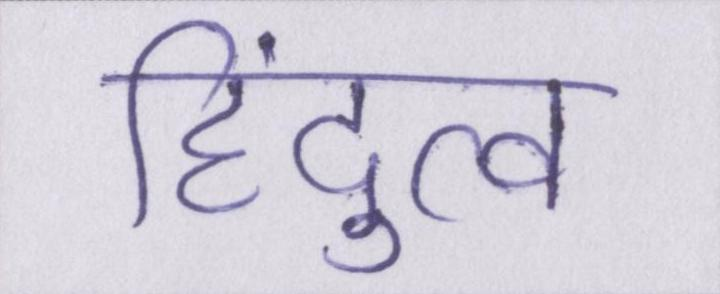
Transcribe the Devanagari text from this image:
हिंदुत्व